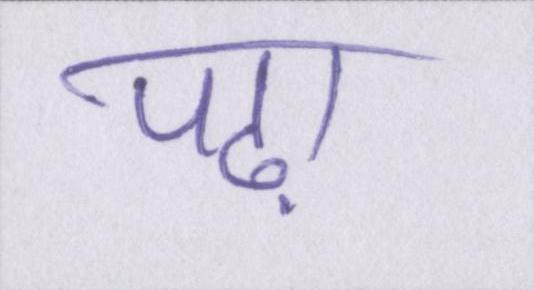
पढ़ा